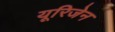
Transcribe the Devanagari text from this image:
यूरिजेन